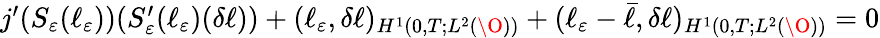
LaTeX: \begin{array}{r}{j^{\prime}(S_{\varepsilon}(\ell_{\varepsilon}))(S_{\varepsilon}^{\prime}(\ell_{\varepsilon})(\delta\ell))+(\ell_{\varepsilon},\delta\ell)_{H^{1}(0,T;L^{2}(\O))}+(\ell_{\varepsilon}-\bar{\ell},\delta\ell)_{H^{1}(0,T;L^{2}(\O))}=0}\end{array}